Civil Veterinary Dept. Bombay admin report 1923-31 - 1923-1931
Year: 1923
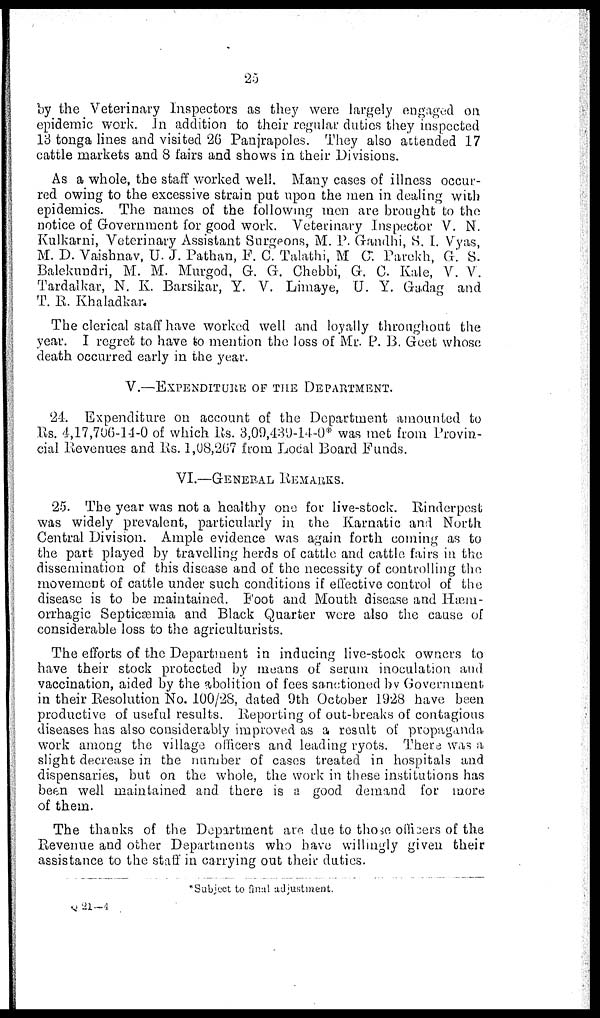
25
by the Veterinary Inspectors as they were largely engaged on
epidemic work. In addition to their regular duties they inspected
13 tonga lines and visited 26 Panjrapoles. They also attended 17
cattle markets and 8 fairs and shows in their Divisions.
As a whole, the staff worked well. Many cases of illness occur-
red owing to the excessive strain put upon the men in dealing with
epidemics. The names of the following men are brought to the
notice of Government for good work. Veterinary Inspector V. N.
Kulkarni, Veterinary Assistant Surgeons, M. P. Gandhi, S, I. Vyas,
M. D. Vaishnav, U. J. Pathan, F. C. Talathi, M C. Parekh, G. S.
Balekundri, M. M. Murgod, G. G. Chebbi, G. C. Kale, V. V.
Tardalkar, N. K. Barsikar, Y. V. Limaye, U. Y. Gadag and
T. R. Khaladkar.
The clerical staff have worked well and loyally throughout the
year. I regret to have to mention the loss of Mr. P. B. Geet whose
death occurred early in the year.
V.—EXPENDITURE OF THE DEPARTMENT.
24. Expenditure on account of the Department amounted to
Rs. 4,17,706-14-0 of which Rs. 3,09,439-14-0* was met from Provin-
cial Revenues and Rs. 1,08,267 from Local Board Funds.
VI.—GENERAL
REMARKS.
25. The year was not a healthy one for live-stock. Rinderpest
was widely prevalent, particularly in the Karnatic and North
Central Division. Ample evidence was again forth coming as to
the part played by travelling herds of cattle and cattle fairs in the
dissemination of this disease and of the necessity of controlling the
movement of cattle under such conditions if effective control of the
disease is to be maintained. Foot and Mouth disease and Hæm-
orrhagic Septicæmia and Black Quarter were also the cause of
considerable loss to the agriculturists.
The efforts of the Department in inducing live-stock owners to
have their stock protected by means of serum inoculation and
vaccination, aided by the abolition of fees sanctioned by Government
in their Resolution No. 100/28, dated 9th October 1928 have been
productive of useful results. Reporting of out-breaks of contagious
diseases has also considerably improved as a result of propaganda
work among the village officers and leading ryots. There was a
slight decrease in the number of cases treated in hospitals and
dispensaries, but on the whole, the work in these institutions has
been well maintained and there is a good demand for more
of them.
The thanks of the Department are due to those officers of the
Revenue and other Departments who have willingly given their
assistance to the staff in carrying out their duties.
*Subject to final adjustment.
Q 21—4